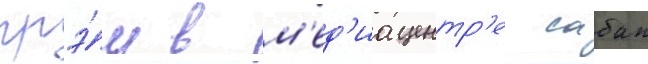
грэ́м в м'ед'иацентр'е сабан